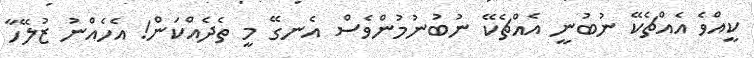
ކީއްވެ އެއްޗެކޭ ނުބުނީ އެއްޗެކޭ ނުބުނުމުންވެސް އެނގޭ މީ ތެދެއްކަން! އެހެއްނު ޒުލޭހާ